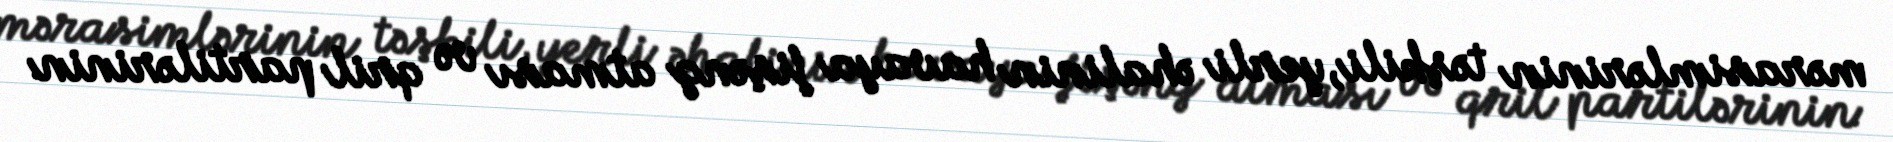
mərasimlərinin təşkili, yerli əhalinin havaya fişəng atması və qril partilərinin